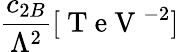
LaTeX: \frac{c_{2B}}{\Lambda^{2}}[\mathrm{~T~e~V~}^{-2}]